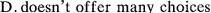
D.doesn't offer many choices